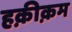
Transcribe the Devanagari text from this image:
हक़ीक़म